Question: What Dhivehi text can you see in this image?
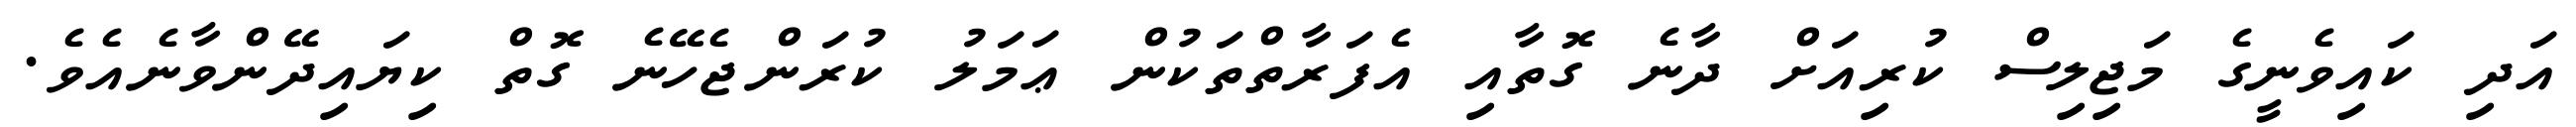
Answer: އަދި ކައިވެނީގެ މަޖިލިސް ކުރިއަށް ދާނެ ގޮތާއި އެފަރާތްތަކުން ޢަމަލު ކުރަންޖެހޭނެ ގޮތް ކިޔައިދޭންވާނެއެވެ.